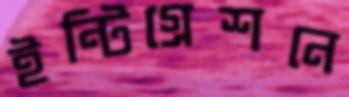
ইন্টিগ্রেশনে